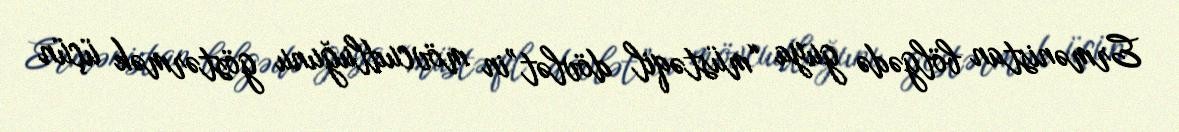
Ermənistan bölgədə guya “müstəqil dövlət”in mövcudluğunu göstərmək üçün